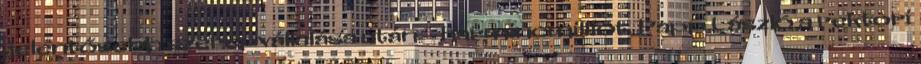
jelentősebb szerepvállalása után – harmincmilliót. Papp László a rektori